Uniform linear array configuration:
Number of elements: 16
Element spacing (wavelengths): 0.5
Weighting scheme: hamming
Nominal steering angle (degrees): -15
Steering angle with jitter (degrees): -16.811
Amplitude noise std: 0.05
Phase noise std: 0.05

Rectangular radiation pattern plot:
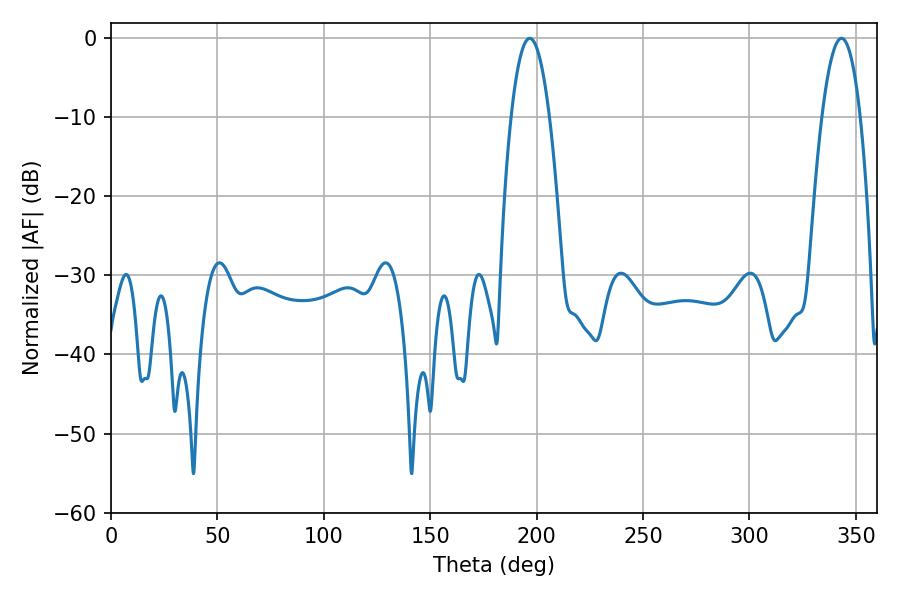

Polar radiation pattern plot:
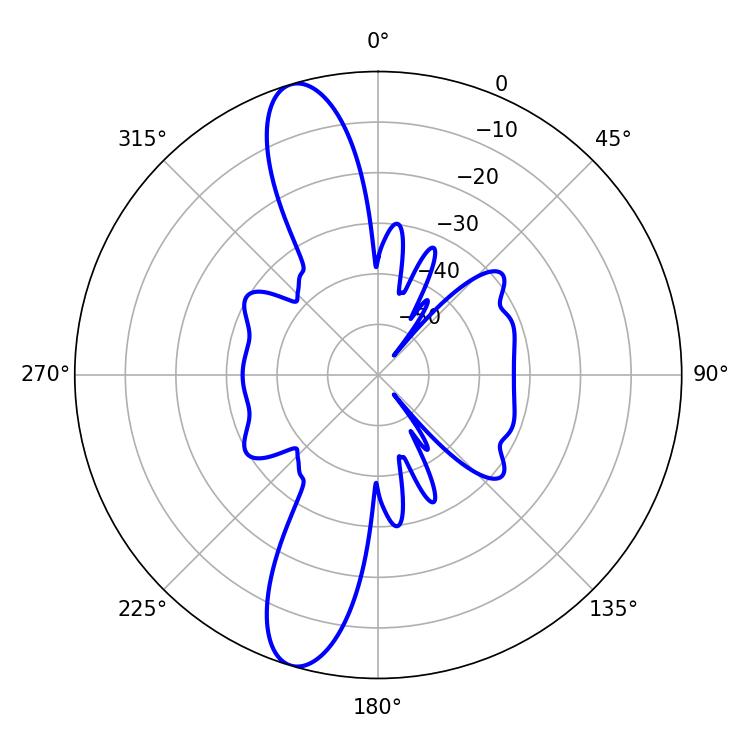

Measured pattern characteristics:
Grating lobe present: FALSE
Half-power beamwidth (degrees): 9.9
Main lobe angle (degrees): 196.74